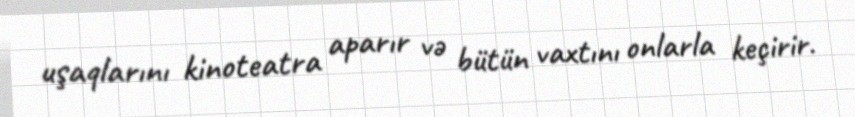
uşaqlarını kinoteatra aparır və bütün vaxtını onlarla keçirir.